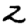
Digit: 2